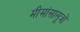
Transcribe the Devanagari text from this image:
मीमांसासूत्रों